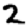
Digit: 2